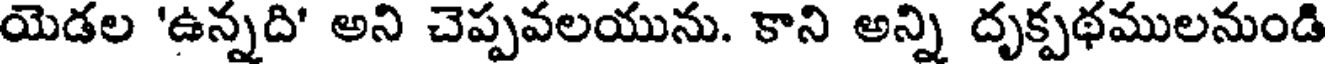
యెడల 'ఉన్నది' అని చెప్పవలయును. కాని అన్ని దృక్పథములనుండి